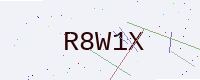
Text: R8W1X